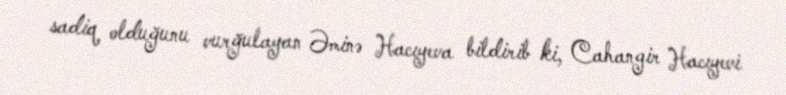
sadiq olduğunu vurğulayan Əminə Hacıyeva bildirib ki, Cahangir Hacıyevi